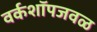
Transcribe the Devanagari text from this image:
वर्कशॉपजवळ